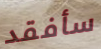
سأفقد